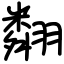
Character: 翷